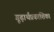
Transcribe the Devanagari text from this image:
गूढ़ार्थप्रकाशिका